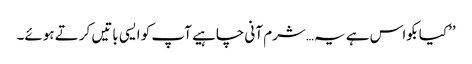
’’کیا بکواس ہے یہ…شرم آنی چاہیے آپ کو ایسی باتیں کرتے ہوئے۔